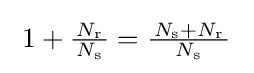
\;1+{\tfrac {\,N_{\text{r}}\,}{N_{\text{s}}}}={\tfrac {\,N_{\text{s}}+N_{\text{r}}\,}{N_{\text{s}}}}~